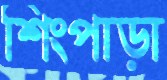
শিংপাড়া